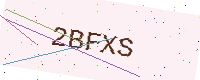
Text: 2BFXS